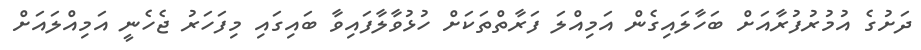
ދަށުގެ އުމުރުފުރާއަށް ބަހާލައިގެން އަމިއްލަ ފަރާތްތަކަށް ހުޅުވާލާފައިވާ ބައިގައި މިފަހަރު ޖެހެނީ އަމިއްލައަށް